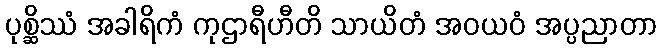
ပုစ္ဆိဿံ အခါရိကံ ကုဌာရီဟီတိ သာယိတံ အဝယဝံ အပ္ပညာတာ